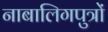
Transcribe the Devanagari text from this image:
नाबालिगपुत्रों